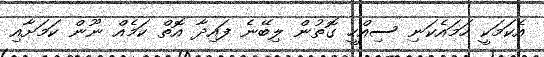
އެކަމަކީ ހަމައެކަނި ސިއްހީ ގޮތުން ލިބޭނެ ފައިދާ އޮތް ކަމެއް ނޫން ކަމަށާއި